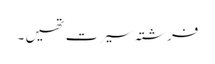
فرشتہ سیرت تھیں ۔